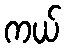
ကယ်